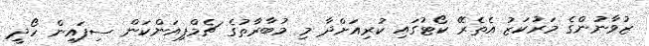
ޒުވާނުންގެ މަރުކަޒު އެތެރޭ ކޯޓުގައި ކުރިއަށްދާ މި މުބާރާތުގެ ޗެމްޕިއަންކަން ސިފައިން ހޯދީ